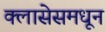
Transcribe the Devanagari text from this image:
क्लासेसमधून